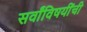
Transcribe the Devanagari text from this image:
सर्वांविषयींची